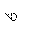
Letter: _za